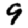
Digit: 9